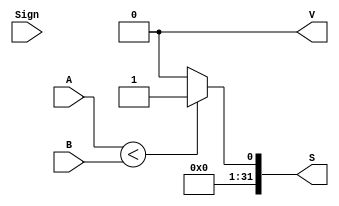
`timescale 1ns / 1ps

module LT( A, B, Sign, S, V);

    input [31:0] A;
    input [31:0] B;
    input Sign;

    output reg [31:0] S;
    output reg V;

    always@(*)
    begin
        if (A < B) S = 1;
	    else S = 0;
        V = 0;
    end

endmodule